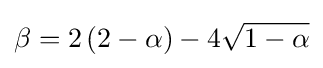
\beta =2\left(2-\alpha \right)-4{\sqrt {1-\alpha }}